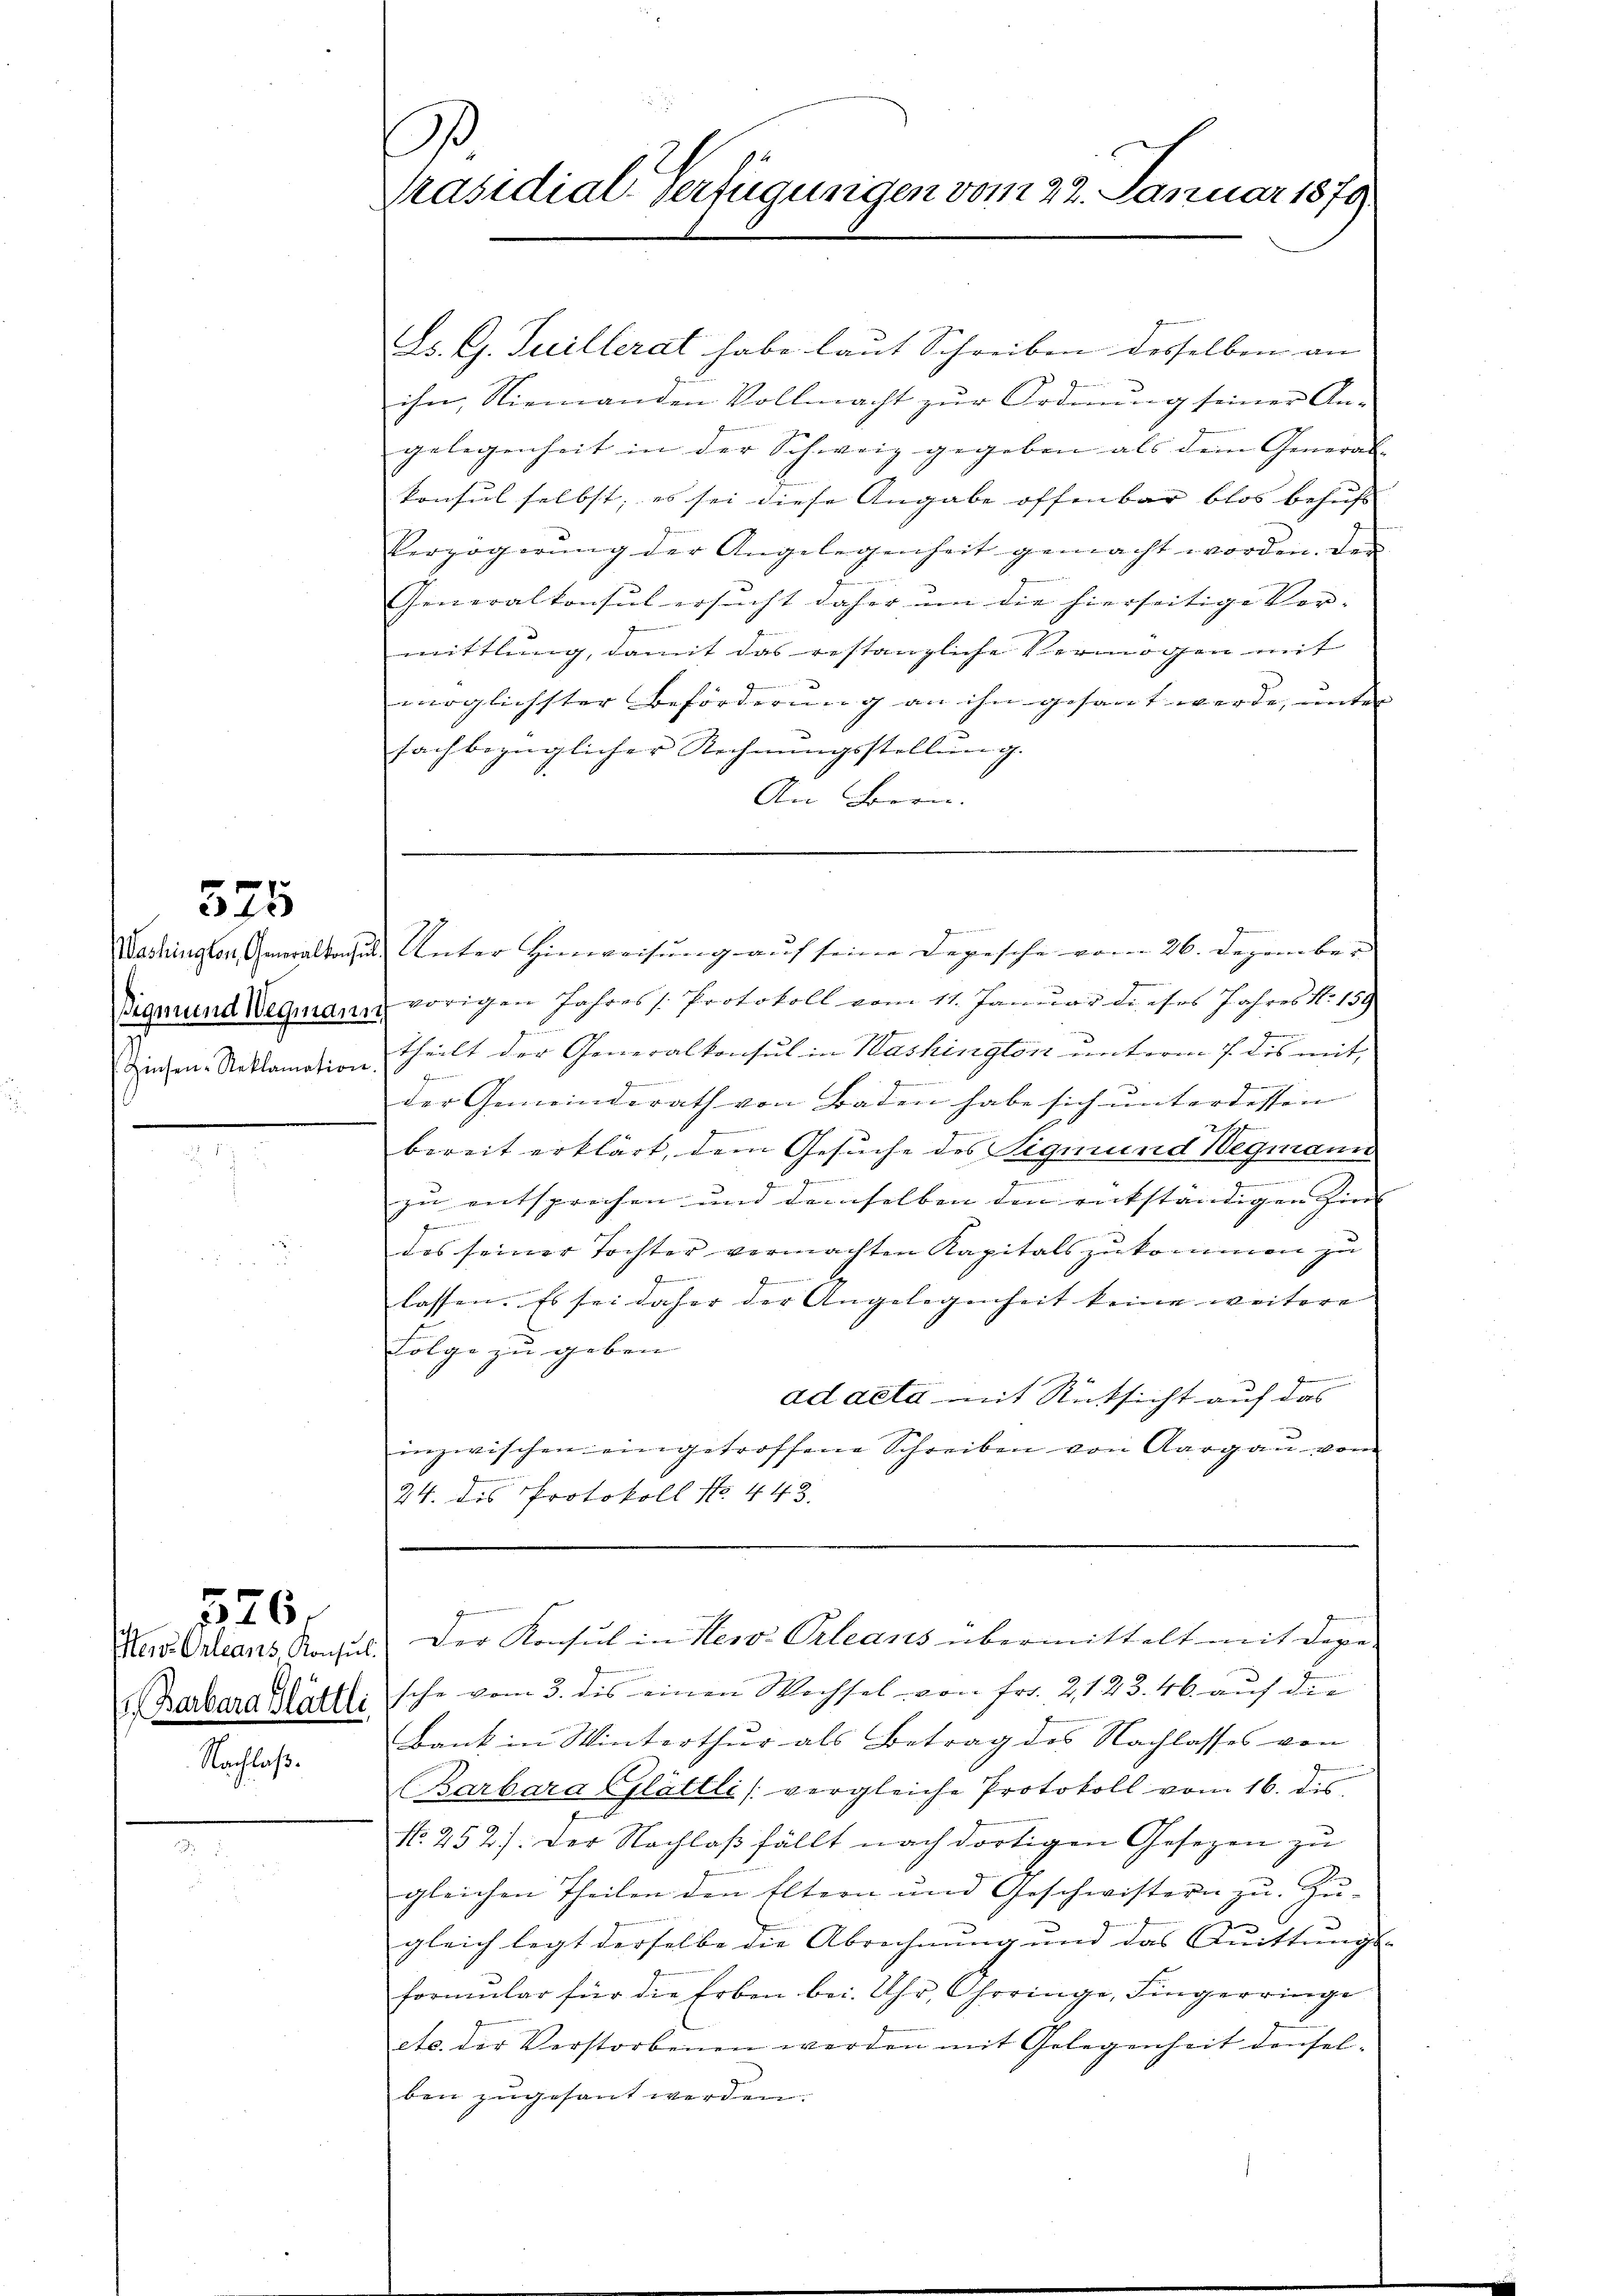
525

Washington, Generalkons
Sigmund Wegman
Zinsen-Reklamation

Merv. Orleans, Konsul
. Barbara Blättli
Nachlaß.

326.

7
Präsidial-Verfügungen vom 22. Januar 1879

Ls. G. Tuillerat habe laut Schreiben desselben an
ihn, Niemanden Vollmacht zŭr Ordnŭng seiner An-
1
gelegenheit in der Schweiz gegeben als dem General- |
konsul selbst, es sei diese Angabe offenbar blos behufs |
Verzögerŭng der Angelegenheit gemacht worden. Der
Generalkonsul ersucht daher ŭm die hierseitige Verf
mittlung, damit das gestanzliche Vermögen mit
möglichster Beförderung an ihn gesant werde, unter |
fachbezüglicher Rechnŭngsstellung.
An Bern.

2 Unter Hinweisung auf seine Depesche vom 26. Dezember
u vorigen Jahres /: Protokoll vom 11. Januar dieses Jahres No 139
theilt der Generalkonsul in Washington unterm 7. des mit
e
der Gemeinderath von Baden habe sich unterdessen

bereit erklärt, dem Gesuche des Sigmund Wegmann
.
in entsprochen und demselben den entständigen Zin- |
des seiner Tochter vermachten Kapitals zukommen zu
z
Gemeindern v.
lassen. Es sei daher der Angelegenheit keine weitere
Folge zu geben |
a
ad acta mit Rücksicht auf das
inzwischen eingetroffene Schreiben von Aargau vom
24. des Protokoll No 443.
z
Der Konsul in New-Orleans übermittelt mit dere
sche vom 3. des einen Wechsel von Fr. 2, 123. 46 auf die
bank in Winterthur als Betrag des Nachlasses von
Barbara Glättli (vergleiche Protokoll vom 16. des
No. 252): Der Nachlaß fällt nach dortigen Gesezen zu
gleichen Theilen den Eltern und Geschwistern zu. Zu- |
gleich legt derselbe die Abrechnung und das Quittungs-
formŭlar für die Erben bei. Uhr, Choringe, Fingerringe
etc. der Verstorbenen werden mit Gelegenheit denselben zugesant werden.

s